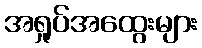
အရှုပ်အထွေးများ